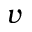
v